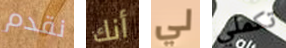
نقدم أنك لي تكملي